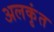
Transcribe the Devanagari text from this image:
अलकृंत